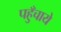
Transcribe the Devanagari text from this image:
पहुँचाये